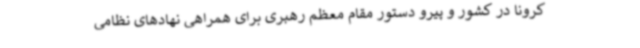
کرونا در کشور و پیرو دستور مقام معظم رهبری برای همراهی نهادهای نظامی